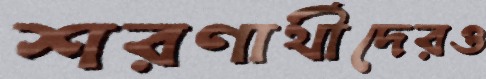
শরণার্থীদেরও